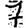
Digit: 7